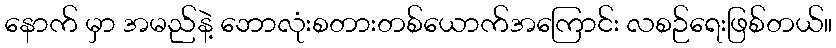
နောက် မှာ အမည်နဲ့ ဘောလုံးစတားတစ်ယောက်အကြောင်း လစဉ်ရေးဖြစ်တယ်။